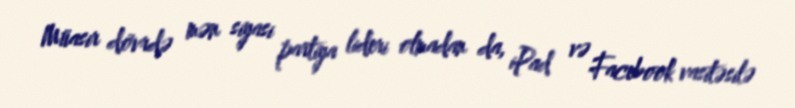
Müasir dövrdə mən siyasi partiya lideri olmadan da, iPad və Facebook vasitəsilə